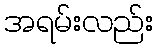
အရမ်းလည်း